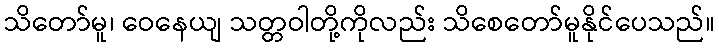
သိတော်မူ၊ ဝေနေယျ သတ္တဝါတို့ကိုလည်း သိစေတော်မူနိုင်ပေသည်။